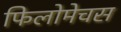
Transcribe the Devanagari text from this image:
फिलोमेचस